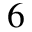
_ 6